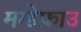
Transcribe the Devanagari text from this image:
मग्डेफ्राउ